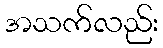
အသက်လည်း